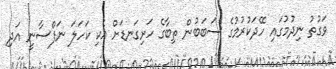
ވަގުތު ނިދުމުގައި ހޭދަކުރުމުގެ ސަބަބުން ތިބާގެ ހަށިގަނޑަށް އެކި ކަހަލަ ނަފްސާނީ އަދި